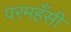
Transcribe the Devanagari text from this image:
परमहँसी